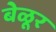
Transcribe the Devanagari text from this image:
बेळूर